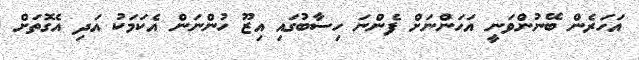
އަހަރެން ބޭނުންވަނީ އަހަންނަށް ފެންނަ ހިސާބުގައި އިޒޫ ހުންނަން އެކަމަކު އަދި އެގޮތަށް